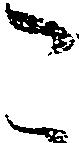
こ